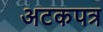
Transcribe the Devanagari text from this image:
अटकपत्र